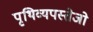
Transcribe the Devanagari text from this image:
पृथिव्यपस्तेजो